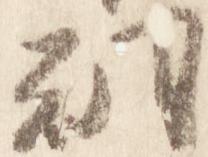
朝